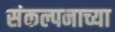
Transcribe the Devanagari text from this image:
संकल्पनाच्या